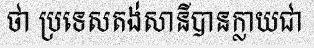
ថា ប្រទេសតង់សានីបានក្លាយជា